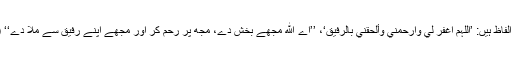
دوسری روایت کے الفاظ ہیں: ’اللّٰہم اغفر لي وارحمني وألحقني بالرفیق‘، ’’اے ﷲ مجھے بخش دے، مجھ پر رحم کر اور مجھے اپنے رفیق سے ملا دے‘‘ (بخاری، رقم ۴۴۴۰۔